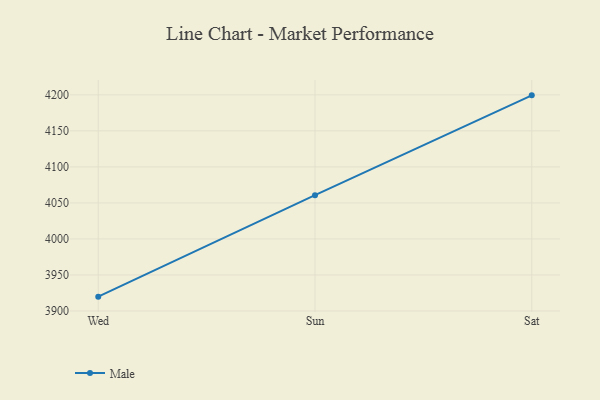
{"axis": {"x": "Day", "y": "Backlog"}, "legend": ["Male"], "data": [{"x": "Wed", "y": 3919.9, "type": "Male"}, {"x": "Sun", "y": 4060.8, "type": "Male"}, {"x": "Sat", "y": 4199.3, "type": "Male"}]}